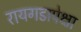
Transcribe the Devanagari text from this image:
रायगडापेक्षा